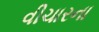
વીચારના